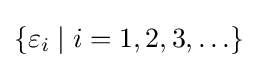
\{\varepsilon _{i}\mid i=1,2,3,\ldots \}